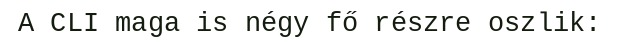
A CLI maga is négy fő részre oszlik: